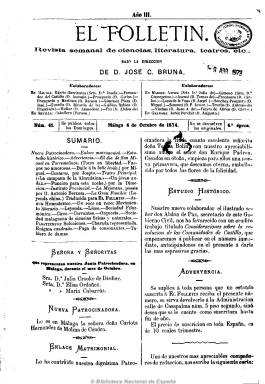
Título: El Folletín (Correo de Andalucía)
Colección: Cultura
Ámbito geográfico: Málaga
Lugar de publicación: Málaga
Fechas: 04/10/1874-31/12/1876

Subtitulado como “revista semanal de ciencias, literatura y teatros, etc.”, su director y propietario es un republicano liberal, el escritor José Carlos Bruna, que comienza a editarla en 1872, durante el Sexenio Democrático, pero que tras la Restauración estampará bajo su título el hecho de que “el primer socio de honor es S.M. el Rey”, al tratarse de una publicación de carácter benéfico dirigida a un sector restringido de la sociedad, la burguesía malagueña, y con unas patrocinadoras, que proceden de esta clase social.

Entre sus colaboradoras y colaboradores se encuentran Josefa Ugarte-Barrientos, Antonio Fernández del Castillo, Fernán Caballero, Julia de Asensi, Concepción Gimeno, Carlos Frontaura, Ángel Lasso de la Vega y Antonio Trueba, aunque muchos de sus textos son firmados con seudónimo o iniciales.

Contiene artículos varios dirigidos a la mujer, de historia, sobre el movimiento literario, teatral y la vida social de malagueña, viajes, narraciones y leyendas (algunas son traducciones), composiciones poéticas, algún álbum humorístico, una sección de pasatiempos, con máximas, charadas, etc. Da cuenta de las actividades de los teatros Principal y Cervantes de la ciudad, del Instituto Provincial de Enseñanza Media, de la Sociedad Filarmónica, de acontecimientos como los carnavales y la concurrencia a los salones.

Tuvo diferentes épocas, y la colección de la Biblioteca Nacional corresponde a la cuarta. Editado en números de ocho páginas, salía los domingos de la imprenta del Correo de Andalucía. Publica asimismo grabados. Al final de cada año publica un índice anual.